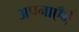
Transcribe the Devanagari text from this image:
अपनाएँगे